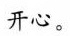
开心。